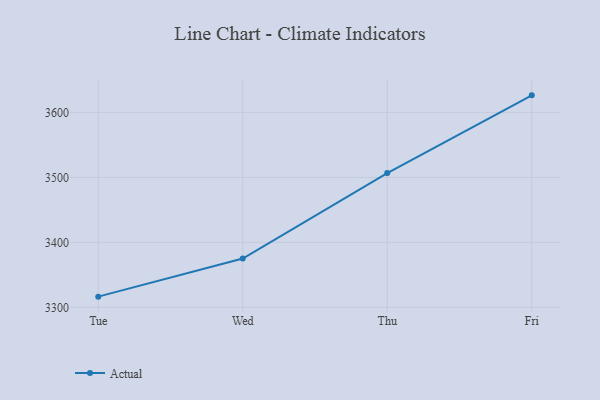
{"axis": {"x": "Day", "y": "LTV (USD)"}, "legend": ["Actual"], "data": [{"x": "Tue", "y": 3316.5, "type": "Actual"}, {"x": "Wed", "y": 3375.2, "type": "Actual"}, {"x": "Thu", "y": 3506.6, "type": "Actual"}, {"x": "Fri", "y": 3626.2, "type": "Actual"}]}